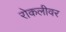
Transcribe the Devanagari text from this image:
रोकलीवर